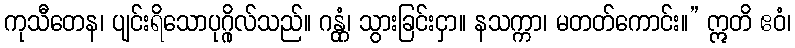
ကုသီတေန၊ ပျင်းရိသောပုဂ္ဂိုလ်သည်။ ဂန္တုံ၊ သွားခြင်းငှာ။ နသက္ကာ၊ မတတ်ကောင်း။” ဣတိ ဧဝံ၊